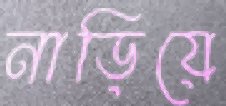
নাড়িয়ে